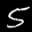
Label: 5